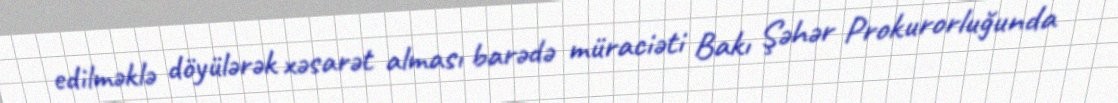
edilməklə döyülərək xəsarət alması barədə müraciəti Bakı Şəhər Prokurorluğunda